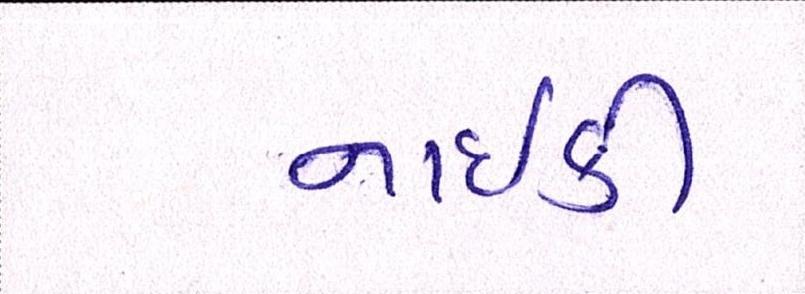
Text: નાઇકી